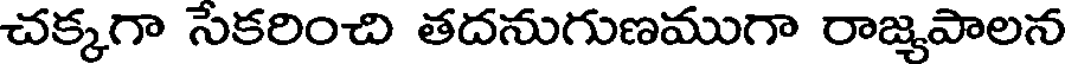
చక్కగా సేకరించి తదనుగుణముగా రాజ్యపాలన